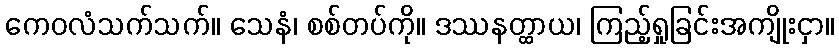
ကေဝလံသက်သက်။ သေနံ၊ စစ်တပ်ကို။ ဒဿနတ္ထာယ၊ ကြည့်ရှုခြင်းအကျိုးငှာ။